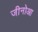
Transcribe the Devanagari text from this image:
जीनोआ